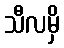
သီလမှိ